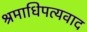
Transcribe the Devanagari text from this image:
श्रमाधिपत्यवाद